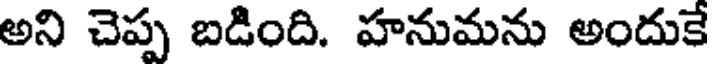
అని చెప్ప బడింది. హనుమను అందుకే